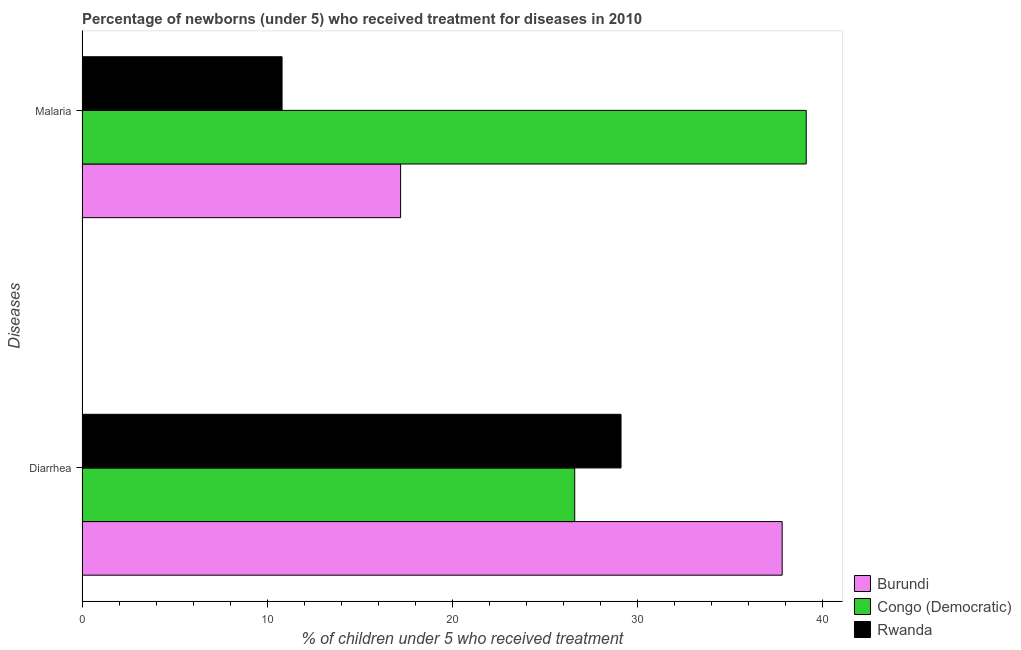
| Diseases | Burundi | Congo (Democratic) | Rwanda |
 | --- | --- | --- | --- |
 | Diarrhea | 37.8 | 26.6 | 29.1 |
 | Malaria | 17.2 | 39.1 | 10.8 |